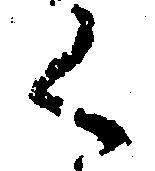
く